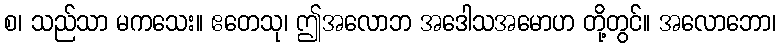
စ၊ သည်သာ မကသေး။ ဧတေသု၊ ဤအလောဘ အဒေါသအမောဟ တို့တွင်။ အလောဘော၊